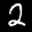
Label: 2